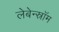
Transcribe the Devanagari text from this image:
लेबेन्स्रॉम